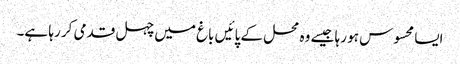
ایسا محسوس ہو رہا جیسے وہ محل کے پائیں باغ میں چہل قدمی کر رہا ہے۔